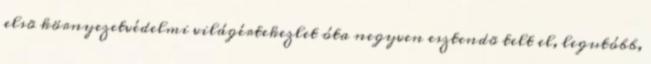
elsõ környezetvédelmi világértekezlet óta negyven esztendõ telt el, legutóbb,